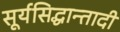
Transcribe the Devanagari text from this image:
सूर्यसिद्धान्तादी